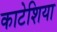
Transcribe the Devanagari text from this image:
काटेशिया